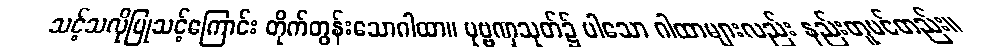
သင့်သလိုပြုသင့်ကြောင်း တိုက်တွန်းသောဂါထာ။ ပုဗ္ဗဏှသုတ်၌ ပါသော ဂါထာများလည်း နည်းတူပင်တည်း။